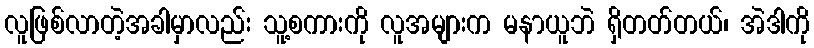
လူဖြစ်လာတဲ့အခါမှာလည်း သူ့စကားကို လူအများက မနာယူဘဲ ရှိတတ်တယ်၊ အဲဒါကို